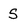
Character: S